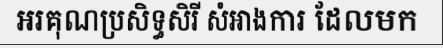
អរគុណប្រសិទ្ធសិរី សំអាងការ ដែលមក